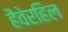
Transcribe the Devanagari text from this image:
हैवेरहिल